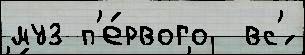
муз п'е́рвого  вс'́